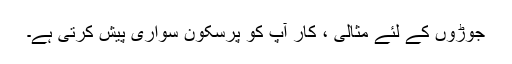
جوڑوں کے لئے مثالی ، کار آپ کو پرسکون سواری پیش کرتی ہے۔